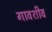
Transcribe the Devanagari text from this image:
गावशीव